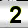
Digit: 2